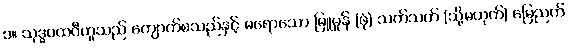
၁။ သုဒ္ဓပထဝီဟူသည် ကျောက်စသည်နှင့် မရောသော မြူမှုန် (ဖုံ) သက်သက် (သို့မဟုတ်) မြေညက်